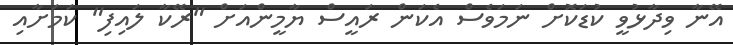
އޭނާ ވިދާޅުވީ ކުޑަކޮށް ނަމަވެސް އެކަން ރައީސް ޔާމީންއަށް "ރޭކާ ލައިފި" ކަމަށާއި